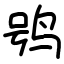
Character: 鸮